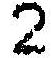
2